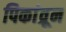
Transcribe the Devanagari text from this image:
पिकांव्रून